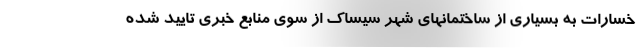
خسارات به بسیاری از ساختمانهای شهر سیساک از سوی منابع خبری تایید شده